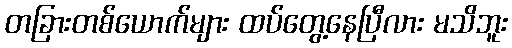
တခြားတစ်ယောက်များ ထပ်တွေ့နေပြီလား မသိဘူး